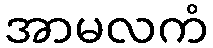
အာမလကံ